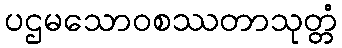
ပဌမသောဝစဿတာသုတ္တံ